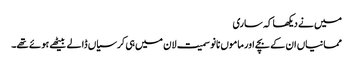
میں نے دیکھا کہ ساری
ممانیاں ان کے بچے اور ماموں نانو سمیت لان میں ہی کرسیاں ڈالے بیٹھے ہوئے تھے۔